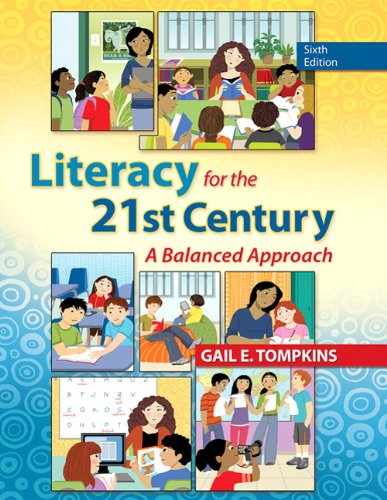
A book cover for Literacy for the 21st Century: A Balanced Approach (6th Edition); Gail E. Tompkins; Education & Teaching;